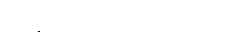
အရိယကထာ ၁၀-ပါး